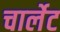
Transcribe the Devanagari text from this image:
चार्लेट